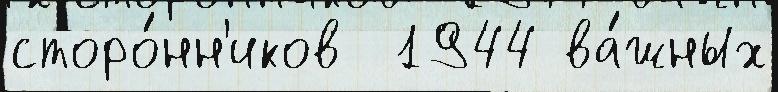
сторо́нн'иков  1944 ва́жных